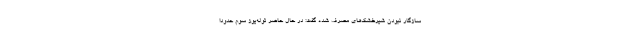
سازگار نبودن شیرخشک‌های مصرف شده گفت: در حال حاضر توله‌یوز سوم حدودا